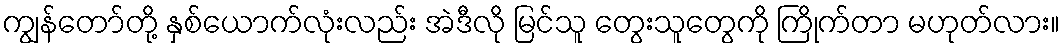
ကျွန်တော်တို့ နှစ်ယောက်လုံးလည်း အဲဒီလို မြင်သူ တွေးသူတွေကို ကြိုက်တာ မဟုတ်လား။